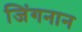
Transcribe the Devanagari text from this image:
जिंगनान